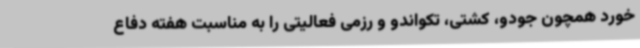
خورد همچون جودو، کشتی، تکواندو و رزمی فعالیتی را به مناسبت هفته دفاع